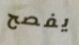
يفصح